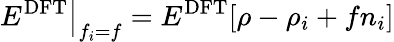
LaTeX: \left.E^{\mathrm{DFT}}\right|_{f_{i}=f}=E^{\mathrm{DFT}}[\rho-\rho_{i}+fn_{i}]